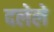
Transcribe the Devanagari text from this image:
दलेले